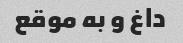
داغ و به موقع